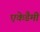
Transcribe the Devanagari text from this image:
एकेडैमी